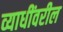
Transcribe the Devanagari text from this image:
व्याधींवरील